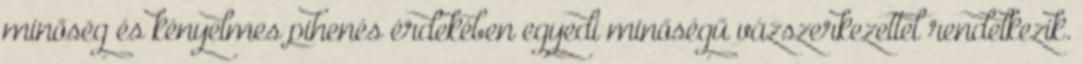
minőség és kényelmes pihenés érdekében egyedi minőségű vázszerkezettel rendelkezik.